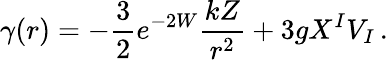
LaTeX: \gamma(r)=-\frac 32e^{-2W}\frac{kZ}{r^{2}}+3gX^{I}V_{I}\, .